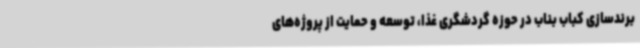
برندسازی کباب بناب در حوزه گردشگری غذا، توسعه و حمایت از پروژه‌های